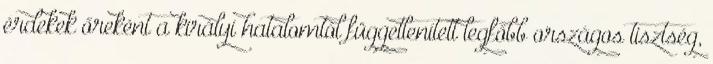
érdekek őreként a királyi hatalomtól függetlenített legfőbb országos tisztség,